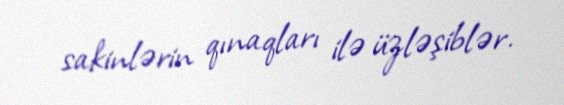
sakinlərin qınaqları ilə üzləşiblər.